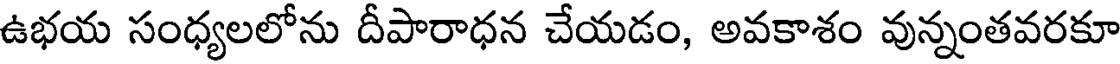
ఉభయ సంధ్యలలోను దీపారాధన చేయడం, అవకాశం వున్నంతవరకూ